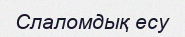
Слаломдық есу